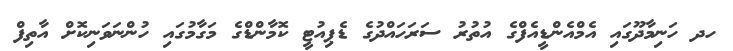
ހދ ހަނިމާދޫގައި އެމްއެންޑީއެފްގެ އުތުރު ސަރަހައްދުގެ ޑެޕިއުޓީ ކޮމާންޑްގެ މަގާމުގައި ހުންނަވަނިކޮށް އާތިފް